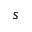
s